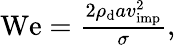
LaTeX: \begin{array}{r}{\mathrm{We}=\frac{2\rho_{\mathrm{d}}av_{\mathrm{imp}}^{2}}{\sigma},}\end{array}